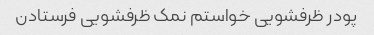
پودر ظرفشویی خواستم نمک ظرفشویی فرستادن